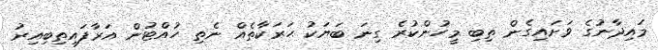
މައިދާނުގެ ވަށައިގެން ތިބި މީހުންކުރެ ގިނަ ބަޔަކު ޙަރަކާތެއް ނެތި ހުއްޓުން އަރާފައިތިބިއިރު